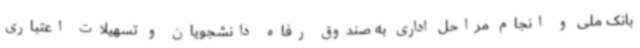
بانک ملی و انجام مراحل اداری به صندوق رفاه دانشجویان و تسهیلات اعتباری